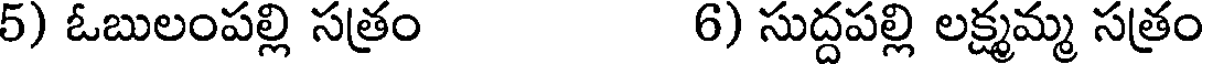
5) ఓబులంపల్లి సత్రం 6) సుద్దపల్లి లక్ష్మమ్మ సత్రం